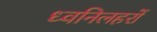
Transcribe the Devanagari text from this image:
ध्वनिलहरों